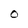
Character: O